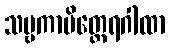
သဗ္ဗကာမိတ္ထေရဂါထာ